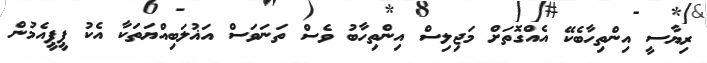
ރިޔާސީ އިންތިހާބެކޭ އެއްގޮތަށް މަޖިލިސް އިންތިހާބު ވެސް ތަނަވަސް އަޣުލަބިއްޔަތަކާ އެކު ޕީޕީއެމުން